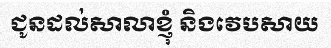
ជូនដល់សាលាខ្ញុំ និងវេបសាយ